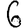
Digit: 6